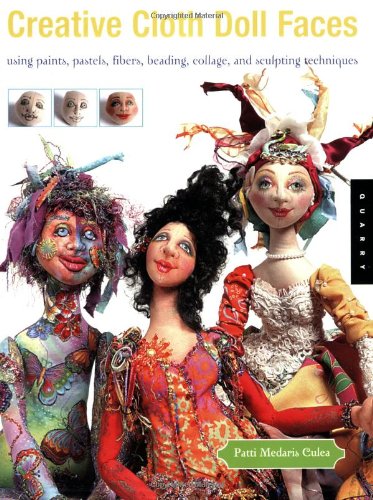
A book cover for Creative Cloth Doll Faces: Using Paints, Pastels, Fibers, Beading, Collage, and Sculpting Techniques; Patti Medaris Culea; Arts & Photography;